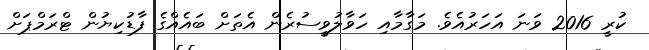
ކުރީ 2016 ވަނަ އަހަރުއެެވެ. މަގާމާއި ހަވާލުވީސުރެން އެތަށް ބައެއްގެ ފާޑުކިޔުން ޓްރަމްޕަށް